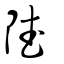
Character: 陚